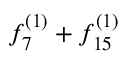
f _ { 7 } ^ { ( 1 ) } + f _ { 1 5 } ^ { ( 1 ) }